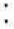
: